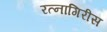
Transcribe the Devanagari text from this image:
रत्नागिरीस